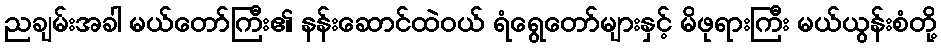
ညချမ်းအခါ မယ်တော်ကြီး၏ နန်းဆောင်ထဲဝယ် ရံရွေတော်များနှင့် မိဖုရားကြီး မယ်ယွန်းစံတို့